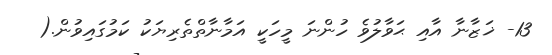
13- ޚަޒާނާ އާއި ޙަވާލުވެ ހުންނަ މީހަކީ އަމާނާތްތެރިޔަކު ކަމުގައިވުން.(